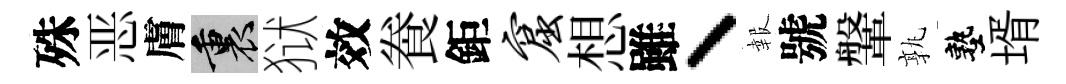
殊恶膚裏狱效飬鉅窟想雖丶報號鞶孰塾壻